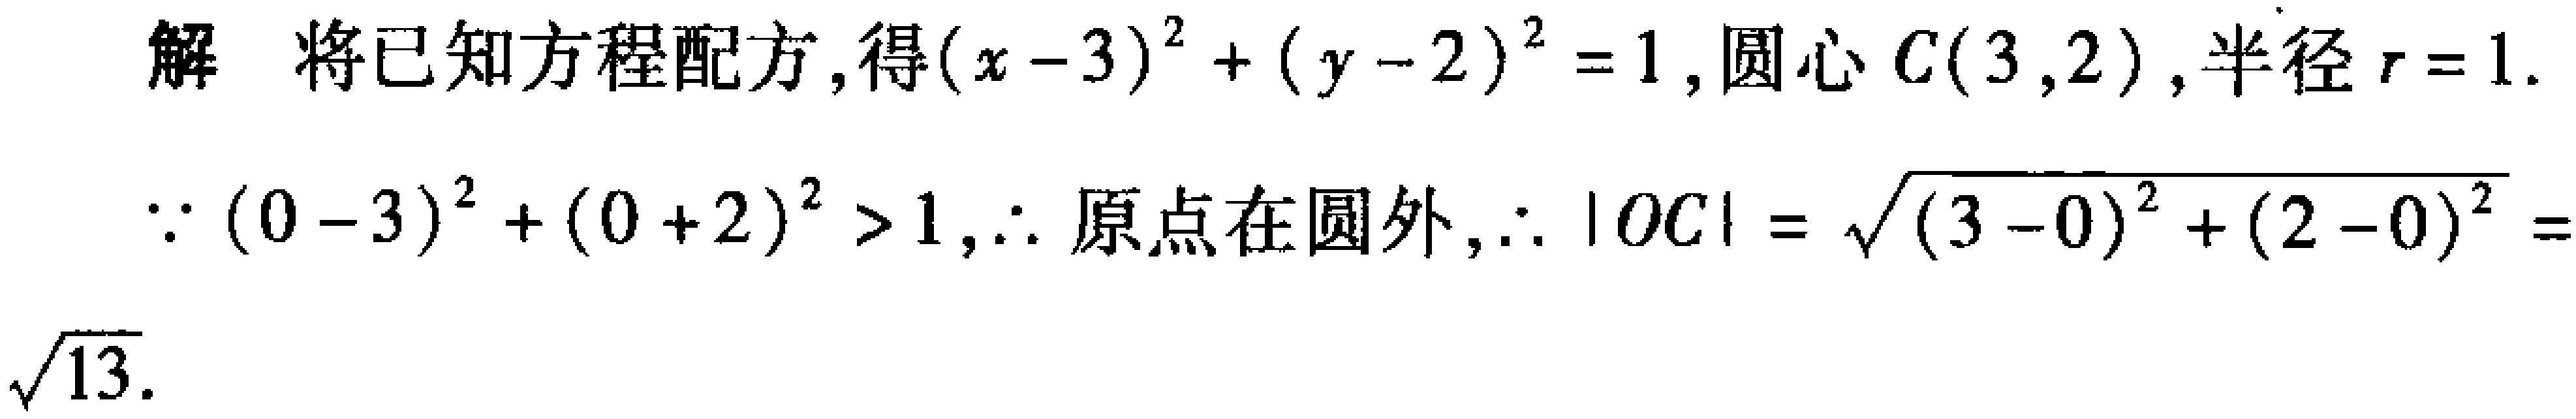
解 将已知方程配方,得\((x - 3)^{2}+(y - 2)^{2}=1\), 圆心\(C(3,2)\), 半径\(r = 1\).
\(\because(0 - 3)^{2}+(0 + 2)^{2}>1\), \(\therefore\)原点在圆外, \(\therefore|OC|=\sqrt{(3 - 0)^{2}+(2 - 0)^{2}}=\sqrt{13}\).